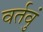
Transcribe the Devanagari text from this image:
वर्तवुं